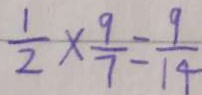
\frac { 1 } { 2 } \times \frac { 9 } { 7 } = \frac { 9 } { 1 4 }